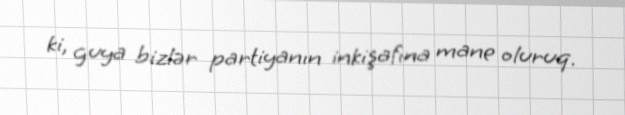
ki, guya bizlər partiyanın inkişafına mane oluruq.